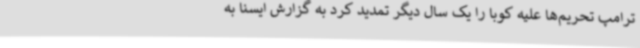
ترامپ تحریم‌ها علیه کوبا را یک سال دیگر تمدید کرد به گزارش ایسنا به